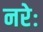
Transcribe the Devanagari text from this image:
नरेः